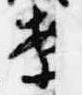
案